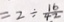
= 2 \div \frac { 1 6 } { 4 2 }